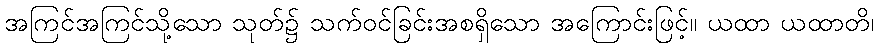
အကြင်အကြင်သို့သော သုတ်၌ သက်ဝင်ခြင်းအစရှိသော အကြောင်းဖြင့်။ ယထာ ယထာတိ၊